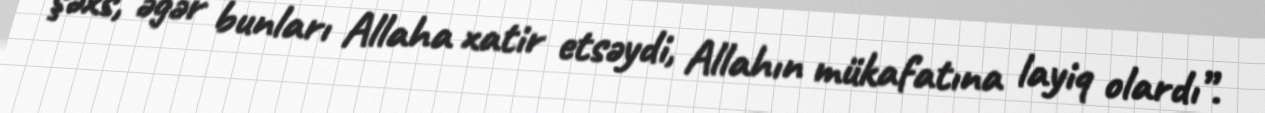
şəxs, əgər bunları Allaha xatir etsəydi, Allahın mükafatına layiq olardı”.